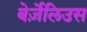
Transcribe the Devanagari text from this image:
बेर्ज़ेलिउस